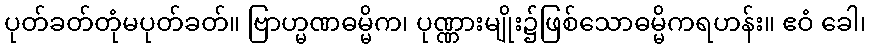
ပုတ်ခတ်တုံမပုတ်ခတ်။ ဗြာဟ္မဏဓမ္မိက၊ ပုဏ္ဏားမျိုး၌ဖြစ်သောဓမ္မိကရဟန်း။ ဧဝံ ခေါ၊